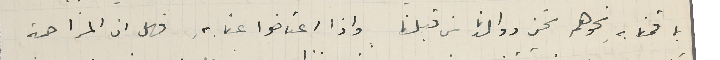
بما قمنا بهِ نحوهم نحن ووالدنا من قبلنا واذا اعتاضوا عنا بهِ فهل ان المزاحمة